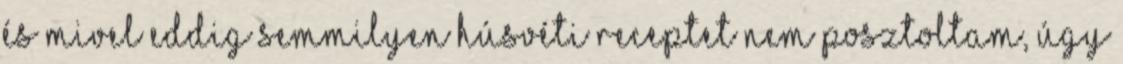
és mivel eddig semmilyen húsvéti receptet nem posztoltam, úgy